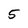
Character: 5